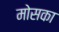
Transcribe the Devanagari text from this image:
मोसका